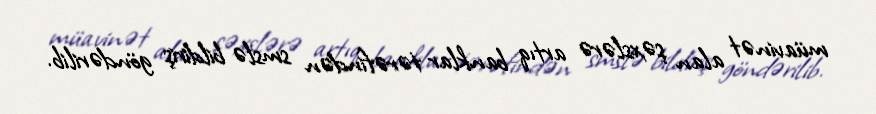
müavinət alan şəxslərə artıq banklar tərəfindən smslə bildiriş göndərilib.